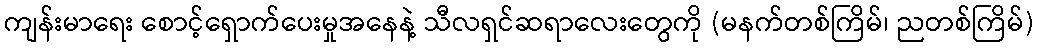
ကျန်းမာရေး စောင့်ရှောက်ပေးမှုအနေနဲ့ သီလရှင်ဆရာလေးတွေကို (မနက်တစ်ကြိမ်၊ ညတစ်ကြိမ်)